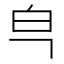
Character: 𰤒